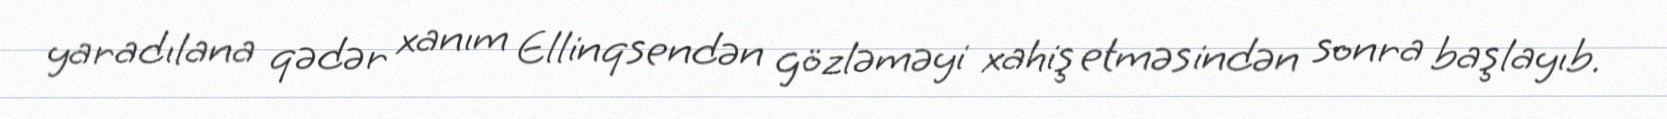
yaradılana qədər xanım Ellinqsendən gözləməyi xahiş etməsindən sonra başlayıb.